画像に写った文字を読んでください
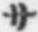
「サ」と書いてあります